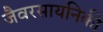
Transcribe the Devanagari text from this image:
जैवरसायनिकी